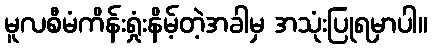
မူလစီမံကိန်းရှုံးနိမ့်တဲ့အခါမှ အသုံးပြုရမှာပါ။